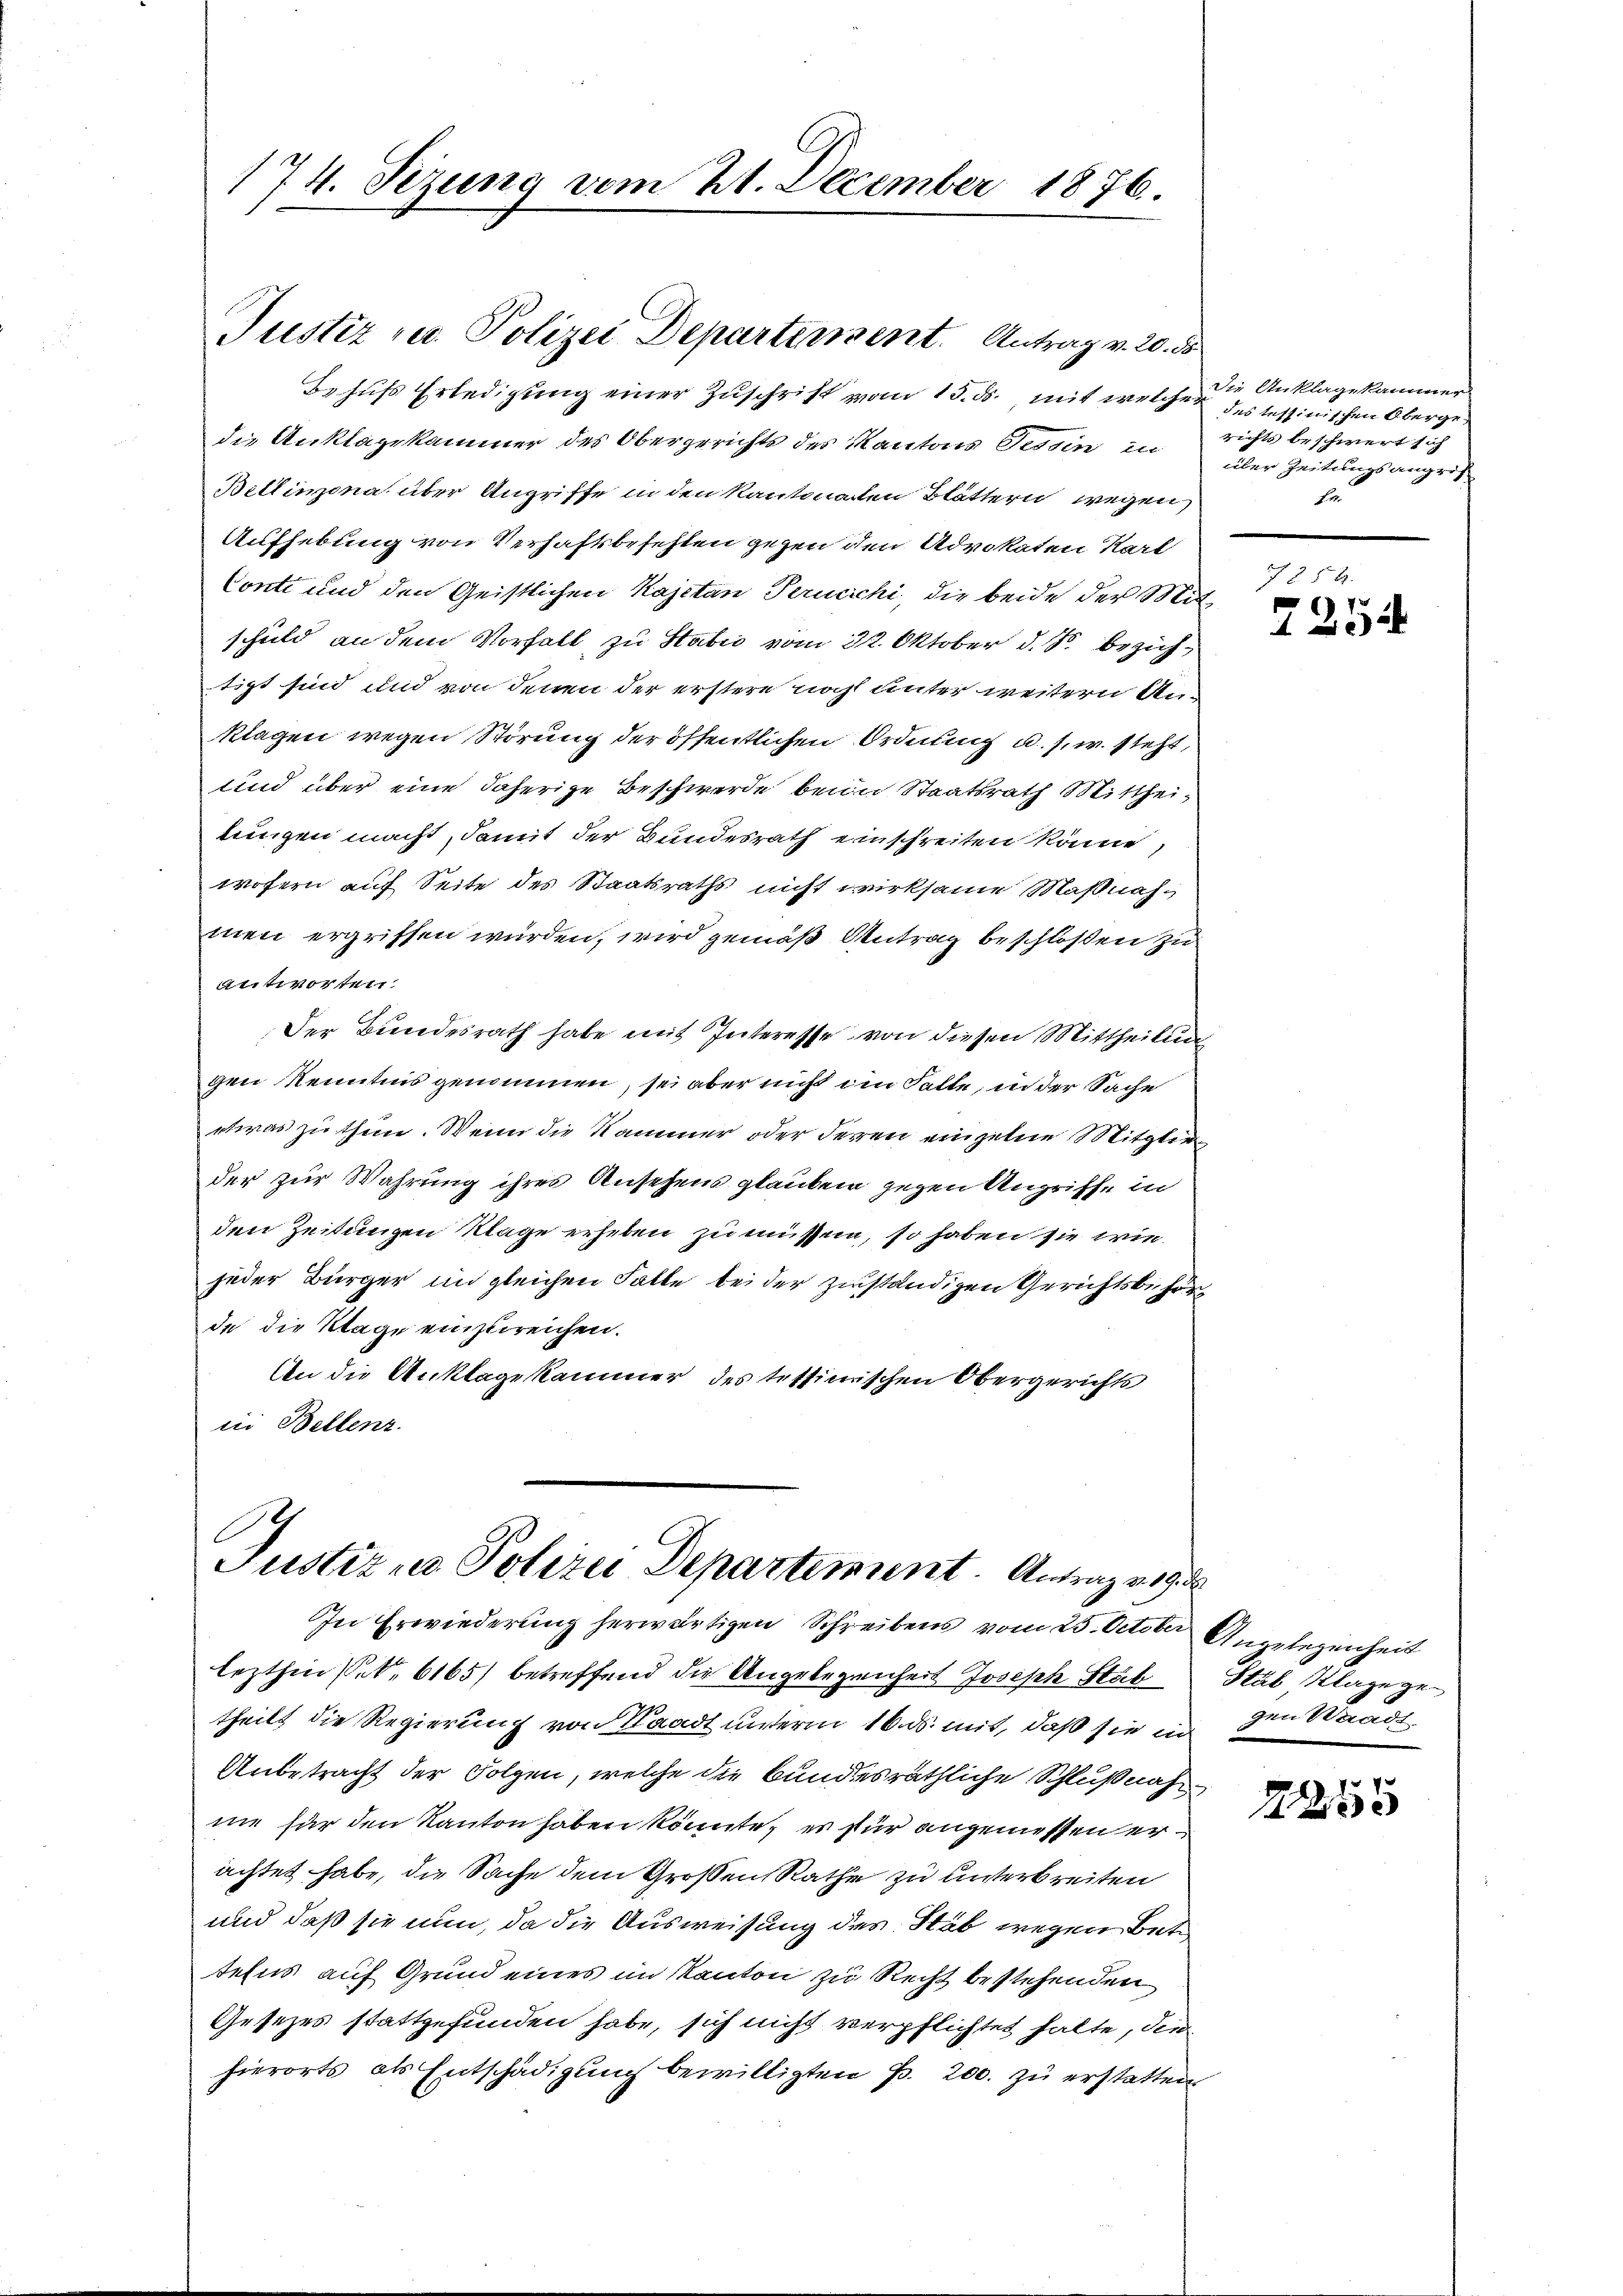
174. Fezung vom 21. December 1876.

Justiz u. Polizei Departinsent. Antrag v. 20. ds

Justiz - Polizei Departement. Antrag vo
In Erwiederung herwärtigen Schreibens vom 25. October Angelegenheit

Behufs Erledigung einer Zuschrift vom 15. ds. mit welche des Tessinischen Obergedie Anklagekammer des Obergerichts des Kantons Tessin in
Billinzona über Angriffe in den Kantonalen Blättern wegen
Aufhebung von Verhaftsbefetten gegen den Advokaten Karl
Conti und den Geistlichen Kajetan Perucichi, die beide der Mit-
schuld an dem Vorfall zu Stabić vom 22. Oktober d. Js. beziehtigt sind und von denen der erstere noch unter weitern An-
klagen wegen Störung der öffentlichen Ordnung u. s. w. steht,
sind über eine daherige Beschwerde beim Staatsrath Mittheiningen macht, damit der Bundesrath einschreiten könne,
wofern auf Seite des Staatsraths nicht wirksame Maßnahmen ergriffen würden, wird gemäß Antrag beschloßen zu
antworten.
Der Bundesrath habe mit Interesse von diesen Mittheilung
gen Kenntnis genommen, sei aber nicht im Falle, in der Sache
etwas zu thun. Wenn die Nammer oder deren einzelne Mitglie
der zur Wahrung ihres Ansehens glauben gegen Angriffe in
den Zeitungen Klage erheben zu müssen, so haben sie wie
jeder Bürger in gleichen Falle bei der zuständigen Gerichtsbehör
de die Klage einzureichen.
An die Anklagekammer des tessimischen Obergerichts
iii Bellenz

lezthin seit 6165) betreffend die Angelegenheit Joseph Stäb
theilt die Regierung von Waadt unterm 16. ds. mit, daß sie in den Waadt
Anbetracht der Folgen, welche die bundesräthliche Schlußnahne für den Kanton haben könnte, es für angemessen erachtet habe, die Sache dem Großen Rathe zu unterbreiten
und daß sie nun, da die Ausweisung des Stab wegen Betr
telns auf Grund eines im Kanton zu Recht bestehenden
Gesetzes stattgefunden habe, sich nicht verpflichtet hatte, die
hierorts als Entschädigung bewilligten p. 200. zu erstatten

Die Anklage kammer
richts beschwert sich
über Zeitungsangrif
F. 17.

254.
1
2

Stal Klage zu

2253